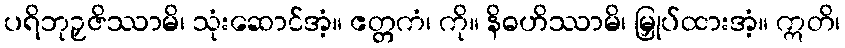
ပရိဘုဉှဇိဿာမိ၊ သုံးဆောင်အံ့။ ဧတ္တကံ၊ ကို။ နိဓဟိဿာမိ၊ မြှုပ်ထားအံ့။ ဣတိ၊